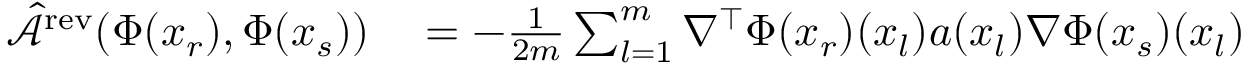
\begin{array} { r l } { \hat { \mathcal { A } } ^ { \mathrm { r e v } } ( \Phi ( x _ { r } ) , \Phi ( x _ { s } ) ) } & { { } = - \frac { 1 } { 2 m } \sum _ { l = 1 } ^ { m } \nabla ^ { \top } \Phi ( x _ { r } ) ( x _ { l } ) a ( x _ { l } ) \nabla \Phi ( x _ { s } ) ( x _ { l } ) } \end{array}